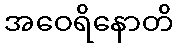
အဝေရိနောတိ